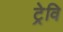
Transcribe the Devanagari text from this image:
ट्रेवि